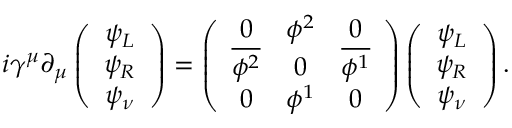
i \gamma ^ { \mu } \partial _ { \mu } \left( \begin{array} { c } { { \psi _ { L } } } \\ { { \psi _ { R } } } \\ { { \psi _ { \nu } } } \end{array} \right) = \left( \begin{array} { c c c } { { 0 } } & { { \phi ^ { 2 } } } & { { 0 } } \\ { { \overline { { { \phi ^ { 2 } } } } } } & { { 0 } } & { { \overline { { { \phi ^ { 1 } } } } } } \\ { { 0 } } & { { \phi ^ { 1 } } } & { { 0 } } \end{array} \right) \left( \begin{array} { c } { { \psi _ { L } } } \\ { { \psi _ { R } } } \\ { { \psi _ { \nu } } } \end{array} \right) .